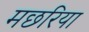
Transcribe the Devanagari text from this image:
मछरिया